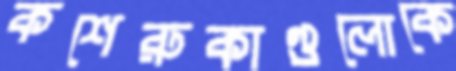
কশেরুকাগুলোকে